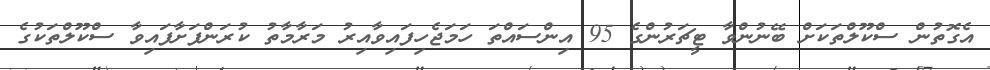
އެގޮތުން ސްކޫލްތަކަށް ބޭނުންވާ ޓީޗަރުންގެ 95 އިންސައްތަ ހަމަޖެހިފައިވާއިރު މަރާމާތު ކުރަންފަށާފައިވާ ސްކޫލްތަކުގެ